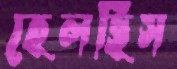
হেলছিস